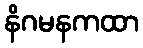
နိဂမနကထာ